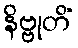
နိဗ္ဗုတိံ